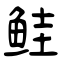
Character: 鲑